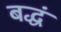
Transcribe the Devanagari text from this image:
बद्धं